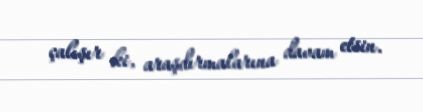
çalışır ki, araşdırmalarına davam etsin.